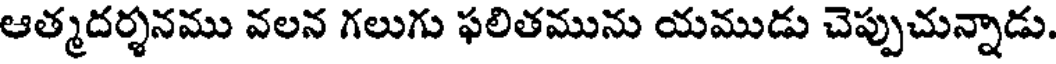
ఆత్మదర్శనము వలన గలుగు ఫలితమును యముడు చెప్పుచున్నాడు.